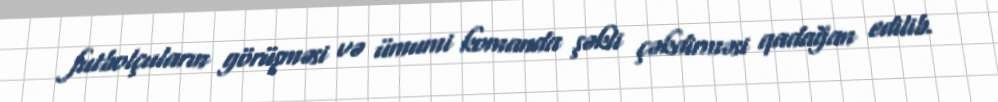
futbolçuların görüşməsi və ümumi komanda şəkli çəkdirməsi qadağan edilib.